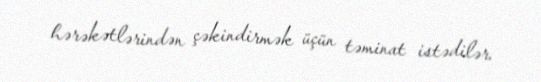
hərəkətlərindən çəkindirmək üçün təminat istədilər.